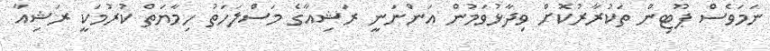
ނަމަވެސް ޕޫޓިން ތަކުރާރުކޮށް ވިދާޅުވަމުން އަންނަނީ ރަޝިއާގެ މަސްލަހަތު ހިމާޔަތް ކުރުމަކީ ރަޝިއާ